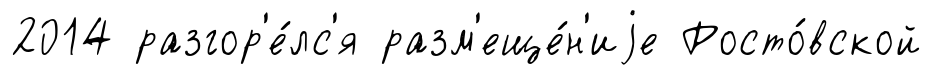
2014 разгор'е́лс'я разм'еще́н'иjе Росто́вской